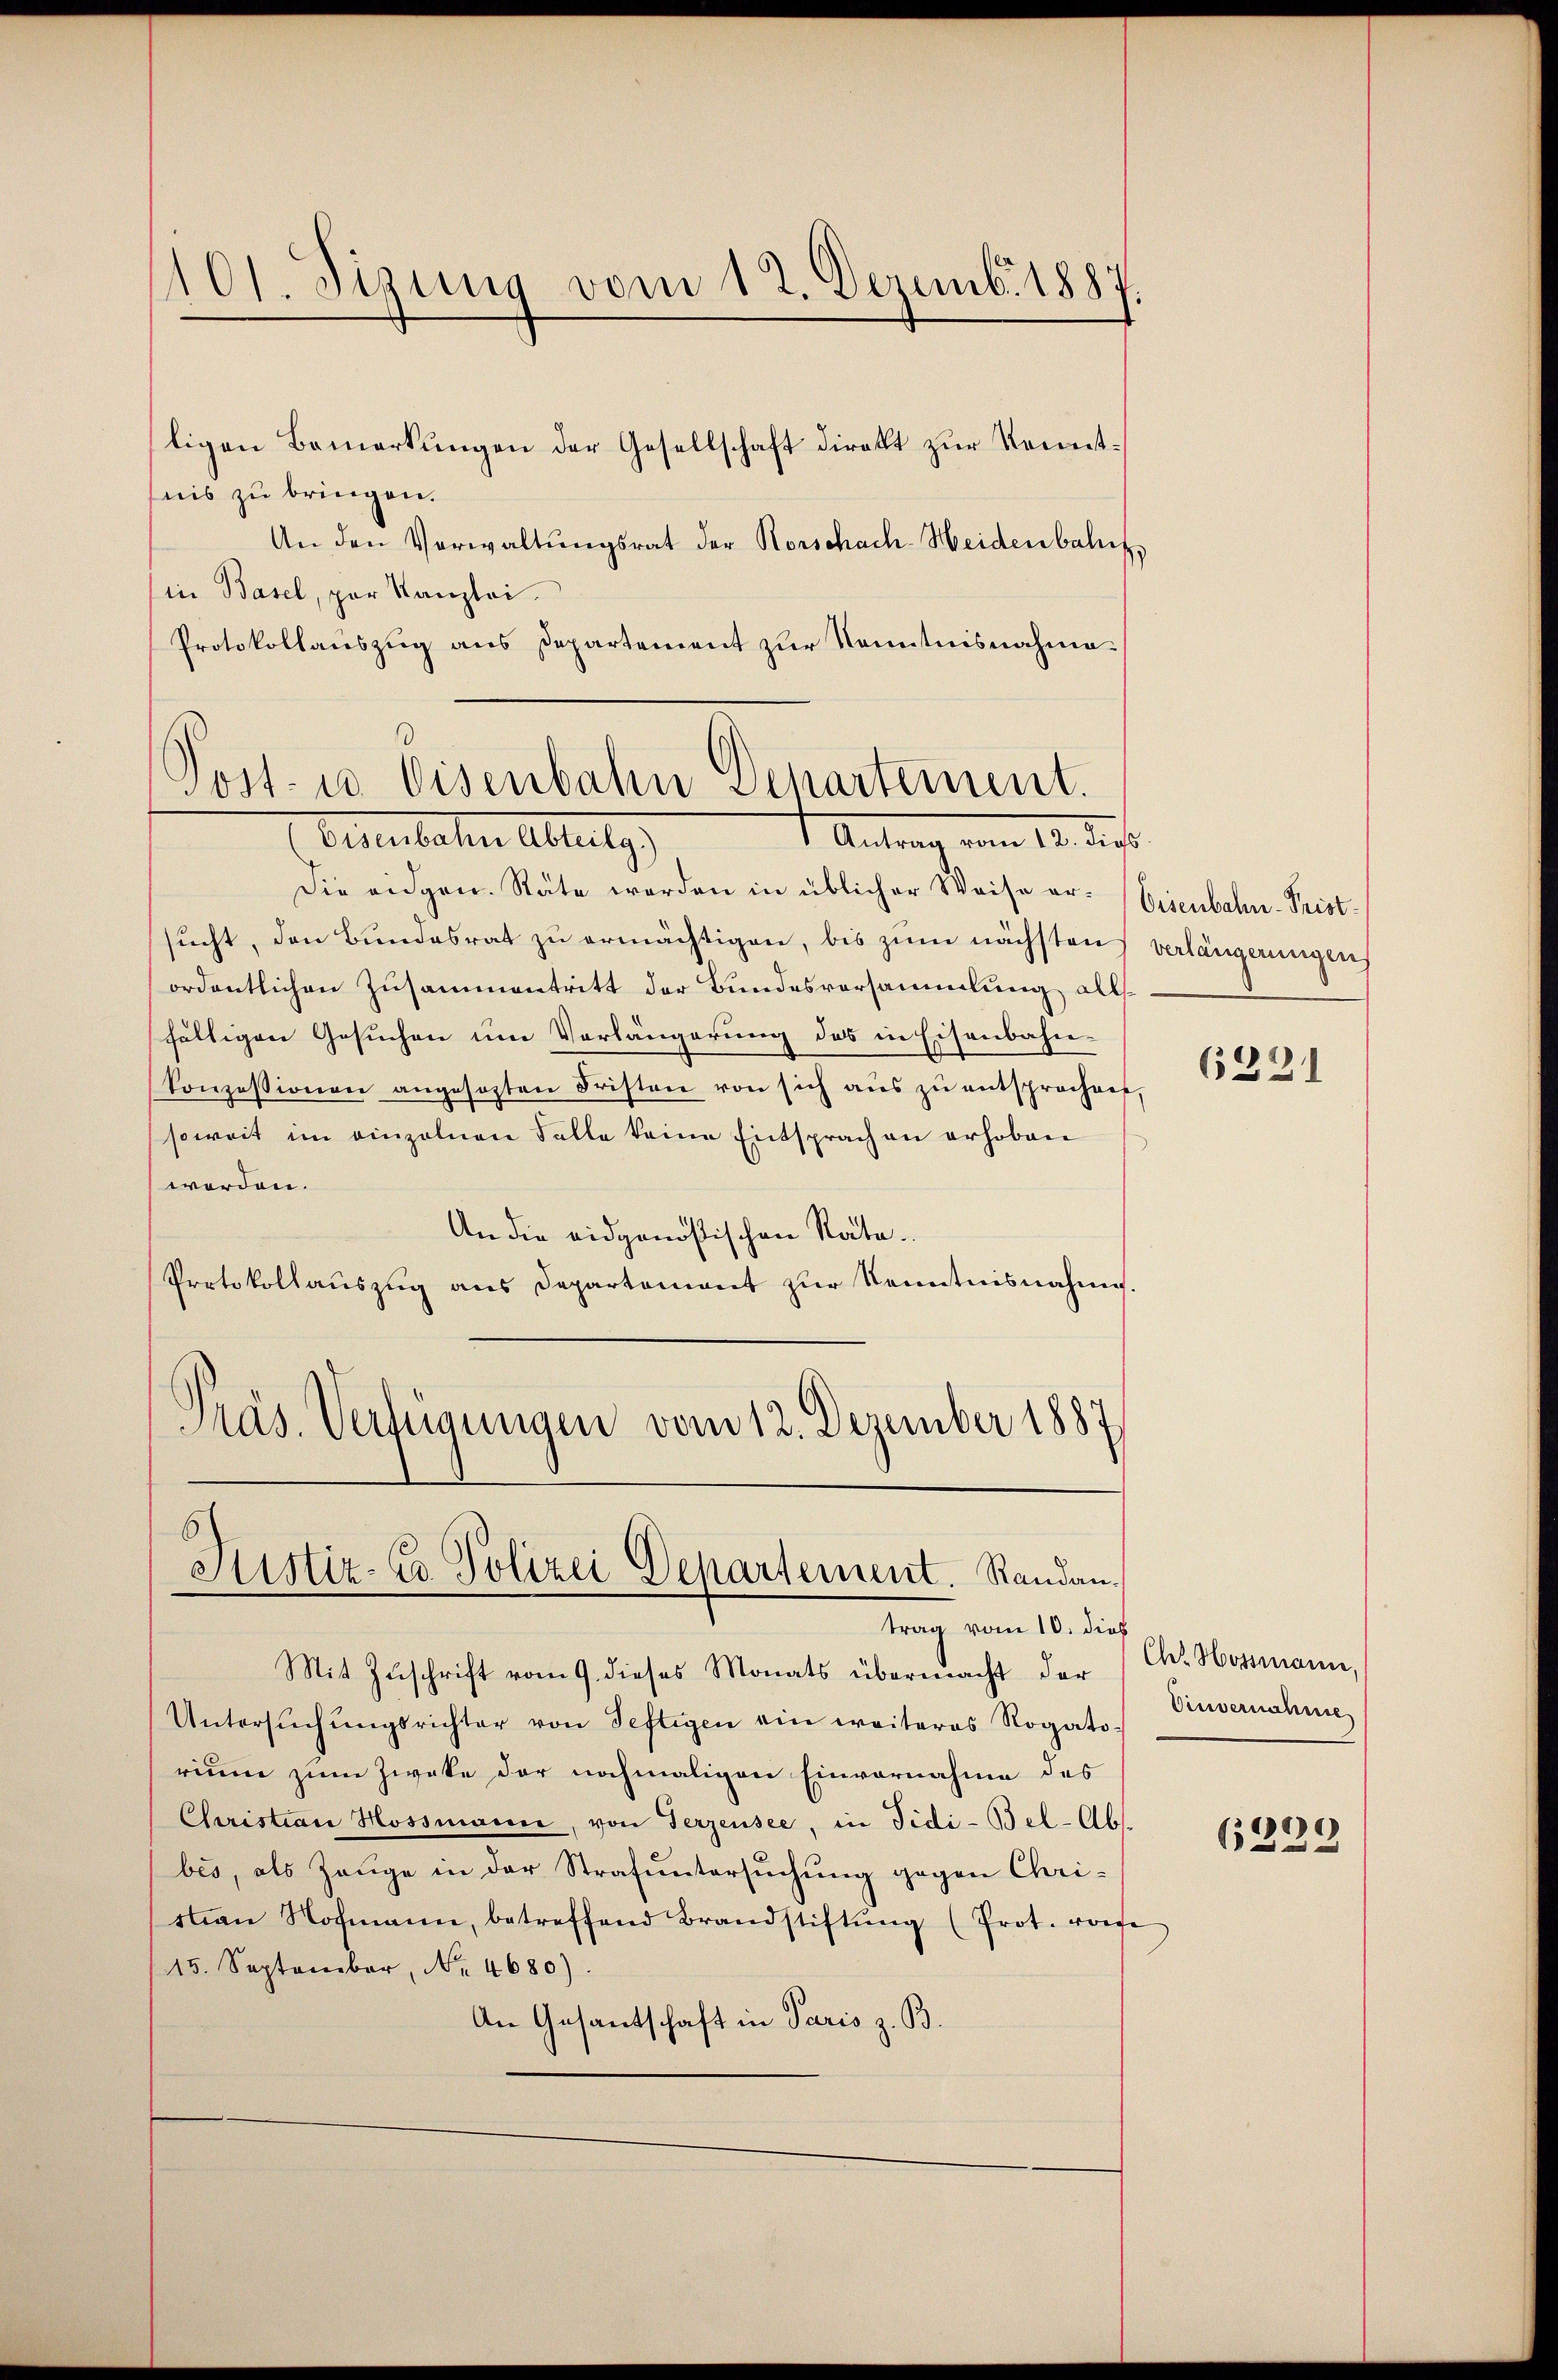
101. Sizung vom 12. Dezemb. 1887
f

ligen Bemerkungen der Gesellschaft direkt zur Kenntnis zu bringen.
An den Verwaltŭngsrat der Rorschach-Heidenbah
in Basel, par Kanzlei.
Protokollauszug aus Departement zur Kenntnisnahme.

Post- u Eisenbahn Departement.
10 d
Eisenbachen Abzugs

Die eidgen. Räte werden in üblicher Weise er- Eisenbahn-Pristsucht, den Bundesrat zu ermächtigen, bis zum nächsten verlängerungen
ordentlichen Zusammentritt der Bundesversammlung allfälligen Gesuchen um Verlängerung des in Eisenbahnkonzessionen angesezten Fristen von sich aus zu entsprochen,
soweit im einzelnen Falle keine Entsprach an erhoben
werden.
An die eidgenössischen Rata.
Protokollauszug aus Departement zur Kenntnisnahme.
Präs. Verfügungen vom 12. Dezember 1887

Justiz-Co Polizei Departement. Randan¬

trag vom 10. dieß

Mit Zŭschrift vom 9. dieses Monats übermacht der
Untersŭchŭngsrichter von Seftigen ein weiteres Rogatorium zum Zwecke der nochmaligen Einvernahme des
Christian Hossmann, von Terzensee, in Fidi-Bel-Abs.
bes, als Zeuge in der Strafuntersuchung gegen Chri-
an Hofmann, betreffend Brandstiftŭng (Prot. vorhe
15. September, Nr. 4680).
An Gesantschaft in Paris z. B.

6221

Ch. Hossmann,
Einvernahme

6229